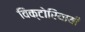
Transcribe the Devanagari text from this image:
विक्टोरियायी